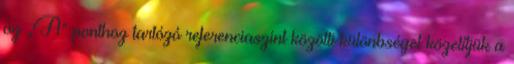
az „A” ponthoz tartózó referenciaszint közötti különbséget közelítjük a